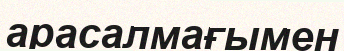
арасалмағымен